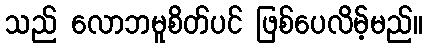
သည် လောဘမူစိတ်ပင် ဖြစ်ပေလိမ့်မည်။